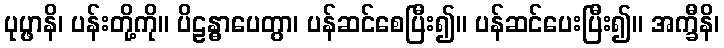
ပုပ္ဖာနိ၊ ပန်းတို့ကို။ ပိဠန္ဓာပေတွာ၊ ပန်ဆင်စေပြီး၍။ ပန်ဆင်ပေးပြီး၍။ အက္ခီနိ၊